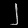
Digit: ၂